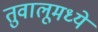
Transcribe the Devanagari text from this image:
तुवालूमध्ये